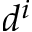
d ^ { i }